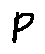
p